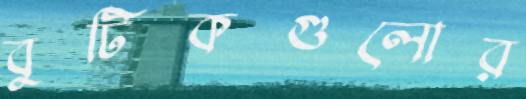
বুটিকগুলোর